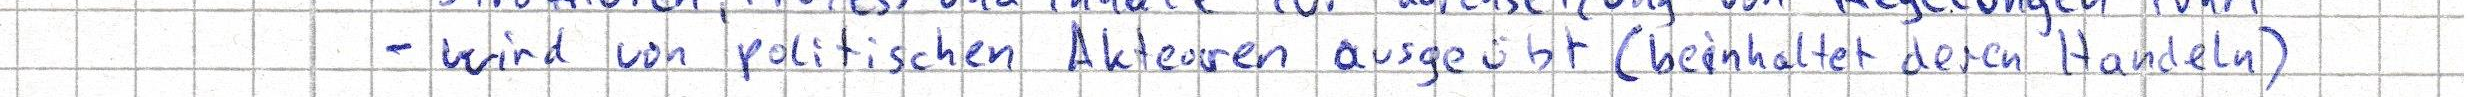
- wird von politischen Akteuren ausgeübt (beinhaltet deren Handeln)